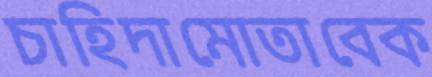
চাহিদামোতাবেক